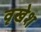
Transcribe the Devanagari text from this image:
वृखेश